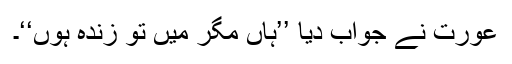
عورت نے جواب دیا ’’ہاں مگر میں تو زندہ ہوں‘‘۔